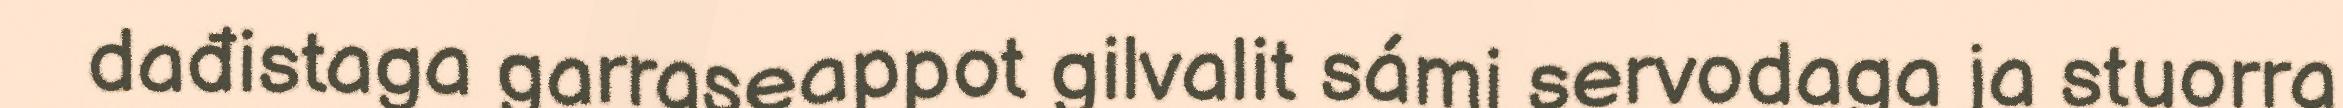
dađistaga garraseappot gilvalit sámi servodaga ja stuorra